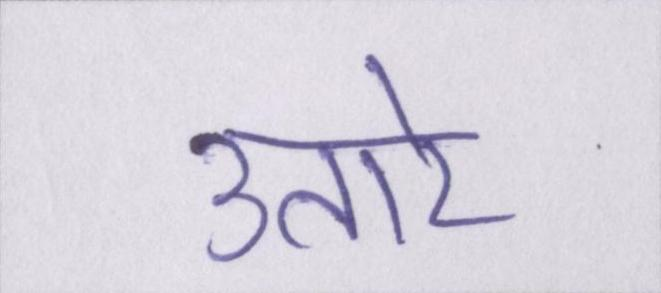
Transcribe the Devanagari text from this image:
उतारे